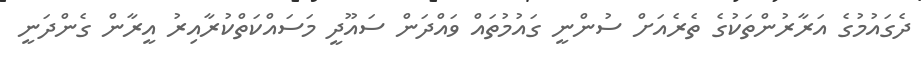
ދެގައުމުގެ އަރާރުންތަކުގެ ތެރެއަށް ސުންނީ ގައުމުތައް ވައްދަން ސައޫދީ މަސައްކަތްކުރާއިރު އީރާން ގެންދަނީ